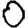
Digit: 0